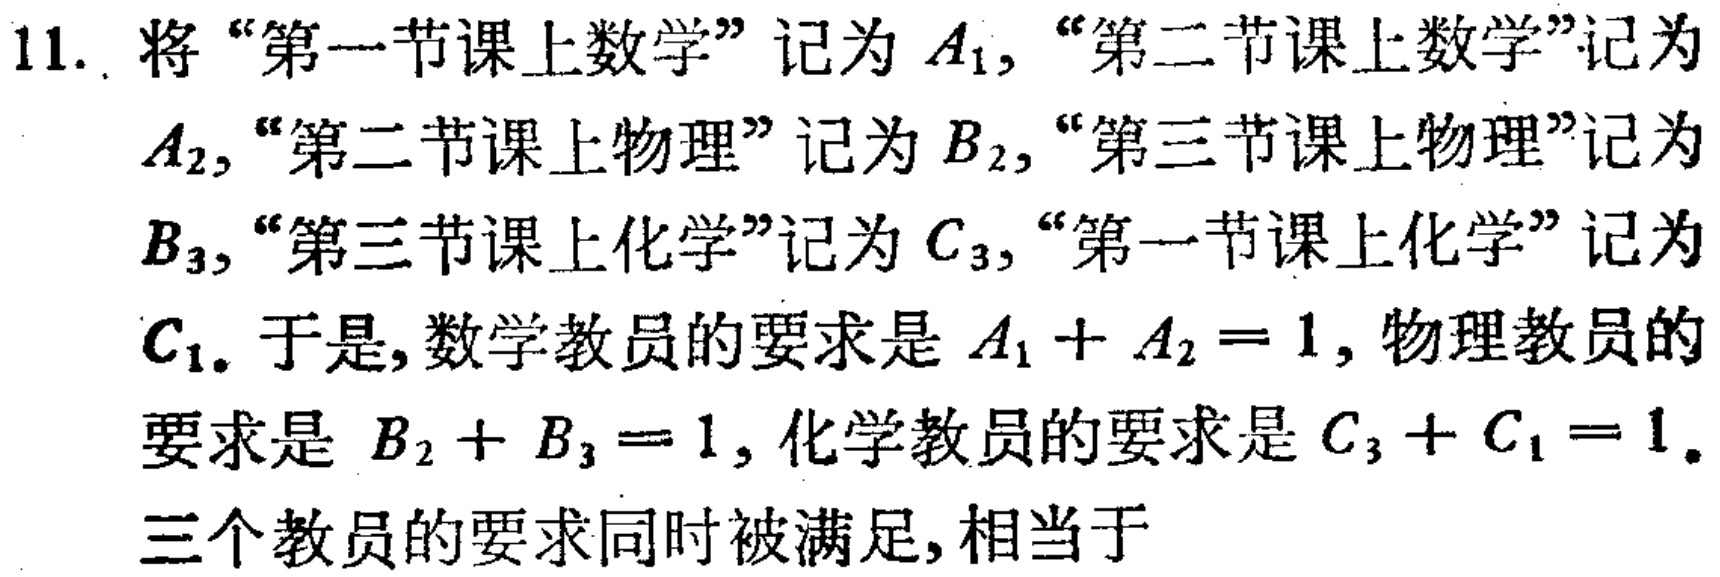
11. 将“第一节课上数学”记为 \(A_{1}\)，“第二节课上数学”记为 \(A_{2}\)，“第二节课上物理”记为 \(B_{2}\)，“第三节课上物理”记为 \(B_{3}\)，“第三节课上化学”记为 \(C_{3}\)，“第一节课上化学”记为 \(C_{1}\)。于是，数学教员的要求是 \(A_{1}+A_{2}=1\)，物理教员的要求是 \(B_{2}+B_{3}=1\)，化学教员的要求是 \(C_{3}+C_{1}=1\)。

三个教员的要求同时被满足，相当于